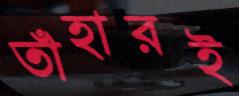
তাঁহারই